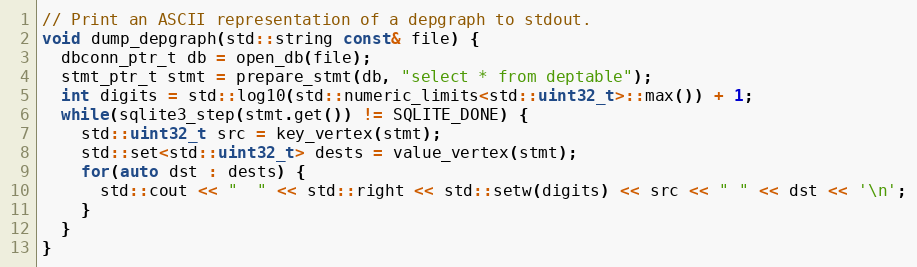
Language: C++
// Print an ASCII representation of a depgraph to stdout.
void dump_depgraph(std::string const& file) {
  dbconn_ptr_t db = open_db(file);
  stmt_ptr_t stmt = prepare_stmt(db, "select * from deptable");
  int digits = std::log10(std::numeric_limits<std::uint32_t>::max()) + 1;
  while(sqlite3_step(stmt.get()) != SQLITE_DONE) {
    std::uint32_t src = key_vertex(stmt);
    std::set<std::uint32_t> dests = value_vertex(stmt);
    for(auto dst : dests) {
      std::cout << "  " << std::right << std::setw(digits) << src << " " << dst << '\n';
    }
  }
}